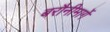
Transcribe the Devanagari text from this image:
बरौनीमार्गे